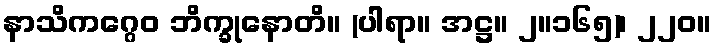
နာသိကဂ္ဂေဝ ဘိက္ခုနောတိ။ (ပါရာ။ အဋ္ဌ။ ၂။၁၆၅)၊ ၂၂၀။